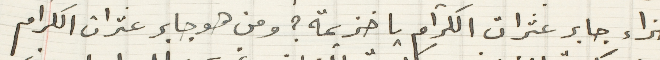
جزاء جابر عثرات الكرام يا خزيمة؟ ومن هو جابر عثرات الكرام